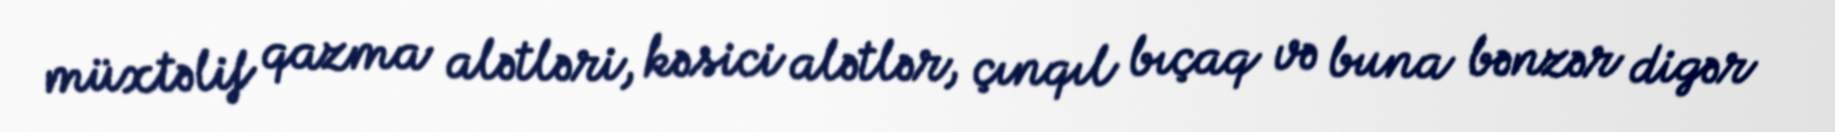
müxtəlif qazma alətləri, kəsici alətlər, çınqıl bıçaq və buna bənzər digər